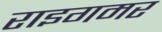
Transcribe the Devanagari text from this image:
राइगमर